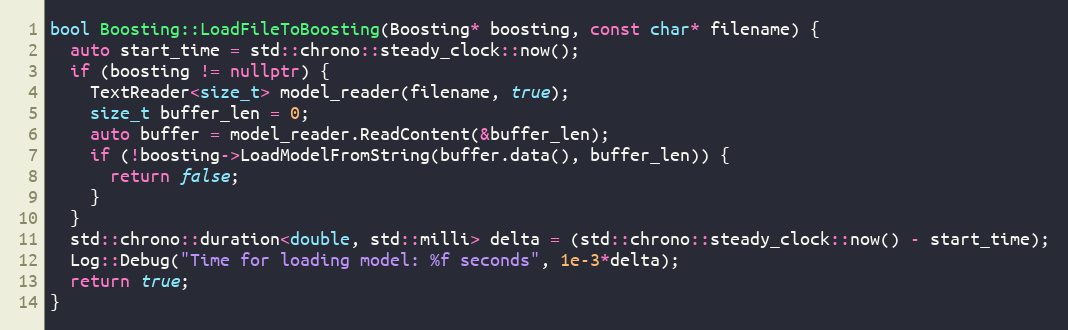
Language: C++
bool Boosting::LoadFileToBoosting(Boosting* boosting, const char* filename) {
  auto start_time = std::chrono::steady_clock::now();
  if (boosting != nullptr) {
    TextReader<size_t> model_reader(filename, true);
    size_t buffer_len = 0;
    auto buffer = model_reader.ReadContent(&buffer_len);
    if (!boosting->LoadModelFromString(buffer.data(), buffer_len)) {
      return false;
    }
  }
  std::chrono::duration<double, std::milli> delta = (std::chrono::steady_clock::now() - start_time);
  Log::Debug("Time for loading model: %f seconds", 1e-3*delta);
  return true;
}